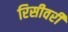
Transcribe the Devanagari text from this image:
रिसीवरी